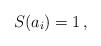
LaTeX: \begin{align*}S(a_i)=1\,,\end{align*}